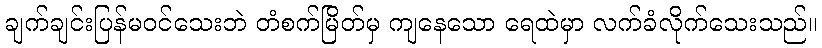
ချက်ချင်းပြန်မဝင်သေးဘဲ တံစက်မြိတ်မှ ကျနေသော ရေထဲမှာ လက်ခံလိုက်သေးသည်။